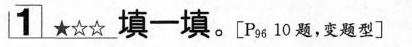
1 填一填。P_{96}10题，变题型]